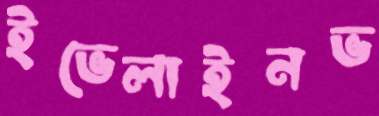
ইভেলাইনভ